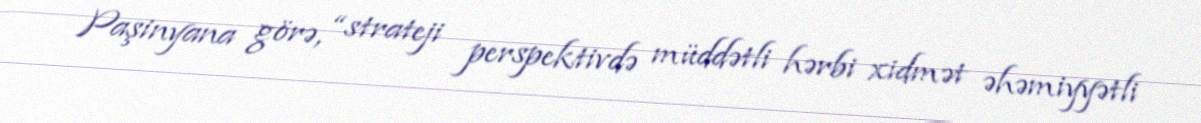
Paşinyana görə, “strateji perspektivdə müddətli hərbi xidmət əhəmiyyətli